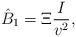
\begin{align*} \hat{B}_1=\Xi \frac{I}{v^2},\end{align*}